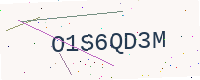
Text: O1S6QD3M